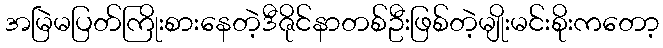
အမြဲမပြတ်ကြိုးစားနေတဲ့ဒီဇိုင်နာတစ်ဦးဖြစ်တဲ့မျိုးမင်းစိုးကတော့